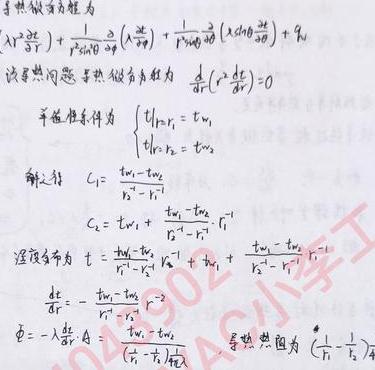
导热微分方程为
\[
\left(\lambda r^{2} \frac{\partial T}{\partial r}\right)+\frac{1}{r \sin \theta} \frac{\partial}{\partial \theta}\left(\lambda \sin \theta \frac{\partial T}{\partial \theta}\right)+\frac{1}{r^{2} \sin ^{2} \theta} \frac{\partial}{\partial \varphi}\left(\lambda \sin \theta \frac{\partial T}{\partial \varphi}\right)+q_{v}
\]
该导热问题导热微分方程为 \(\frac{\mathrm{d}}{\mathrm{d} r}\left(r^{2} \frac{\mathrm{d} t}{\mathrm{~d} r}\right)=0\)

边界条件为 \(\begin{cases}
\left.t\right|_{r = r_{1}}=t_{\mathrm{w} 1} \\
\left.t\right|_{r = r_{2}}=t_{\mathrm{w} 2}
\end{cases}\)

解得 \(C_{1}=\frac{t_{\mathrm{w} 1}-t_{\mathrm{w} 2}}{r_{2}^{-1}-r_{1}^{-1}}\)

\(C_{2}=t_{\mathrm{w} 1}+\frac{t_{\mathrm{w} 1}-t_{\mathrm{w} 2}}{r_{2}^{-1}-r_{1}^{-1}} r_{1}^{-1}\)

温度分布为 \(t=\frac{t_{\mathrm{w} 1}-t_{\mathrm{w} 2}}{r_{2}^{-1}-r_{1}^{-1}} r^{-1}+\frac{t_{\mathrm{w} 1}-t_{\mathrm{w} 2}}{r_{2}^{-1}-r_{1}^{-1}} r_{1}^{-1}+t_{\mathrm{w} 1}\)

\(\frac{\mathrm{d} t}{\mathrm{~d} r}=-\frac{t_{\mathrm{w} 1}-t_{\mathrm{w} 2}}{r_{2}^{-1}-r_{1}^{-1}} r^{-2}\)

\(\varPhi=-\lambda \frac{\mathrm{d} t}{\mathrm{~d} r} A=\frac{t_{\mathrm{w} 1}-t_{\mathrm{w} 2}}{\frac{1}{\lambda}\left(\frac{1}{r_{1}}-\frac{1}{r_{2}}\right)}\) 导热热阻为 \(\left(\frac{1}{r_{1}}-\frac{1}{r_{2}}\right) / \lambda\)